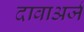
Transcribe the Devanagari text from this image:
दावाअर्ज